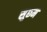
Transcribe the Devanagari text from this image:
सुछ्म